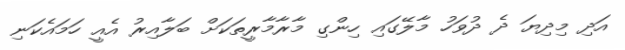
އަދި މިދިޔަ ދެ ދުވަހު މާލޭގައި ހިންގި މާރާމާރީތަކަށް ބަލާއިރު އެއީ ހަމައެކަނި